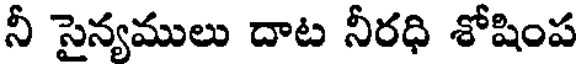
నీ సైన్యములు దాట నీరధి శోషింప